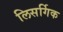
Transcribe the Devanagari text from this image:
लिसर्गिक